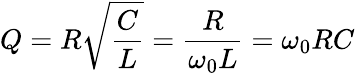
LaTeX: Q=R{\sqrt{\frac{C}{L}}}={\frac{R}{\omega_{0}L}}=\omega_{0}RC